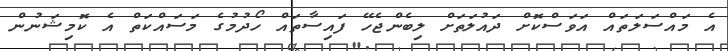
އެ މައްސަލަތައް އަވަސްކޮށް ދައުލަތަށް ލިބެންޖެހޭ ފައިސާތައް ހޯދުމުގެ މަސައްކަތް އެ ކޮމިޝަނުން